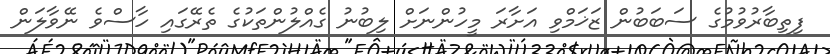
ފިތިބާރުވުމުގެ ސަބަބުން ޒަޚަމްވި އަށާރަ މީހުންނަށް ލިބުނު ގެއްލުންތަކުގެ ތެރޭގައި ހާސްވެ ނޭވާލަން